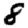
Digit: 8